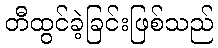
တီထွင်ခဲ့ခြင်းဖြစ်သည်